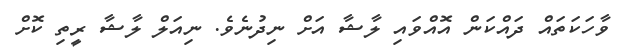
ވާހަކަތައް ދައްކަން އޮއްވައި ލާޝާ އަށް ނިދުނެވެ. ނިއަލް ލާޝާ ރީތި ކޮށް